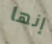
إنها